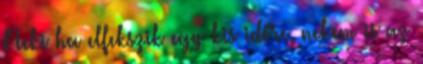
Neki ha elfekszik egy kis időre, nekem is az